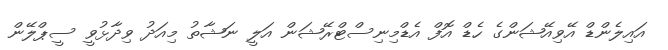
އައިލެންޑް އޭވިއޭޝަންގެ ހެޑް އޮފް އެޑްމިނިސްޓްރޭޝަން އަލީ ނަޝާތު މިއަދު ވިދާޅުވީ ސީޕްލޭން